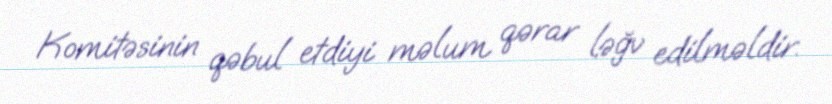
Komitəsinin qəbul etdiyi məlum qərar ləğv edilməldir.